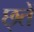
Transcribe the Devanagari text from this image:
छ्तें